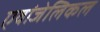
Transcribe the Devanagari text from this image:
एवांजेलिकल